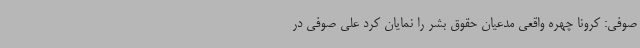
صوفی: کرونا چهره واقعی مدعیان حقوق بشر را نمایان کرد علی صوفی در